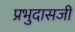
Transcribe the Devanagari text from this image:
प्रभुदासजी